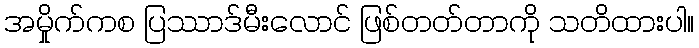
အမှိုက်ကစ ပြဿာဒ်မီးလောင် ဖြစ်တတ်တာကို သတိထားပါ။